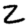
Digit: 2